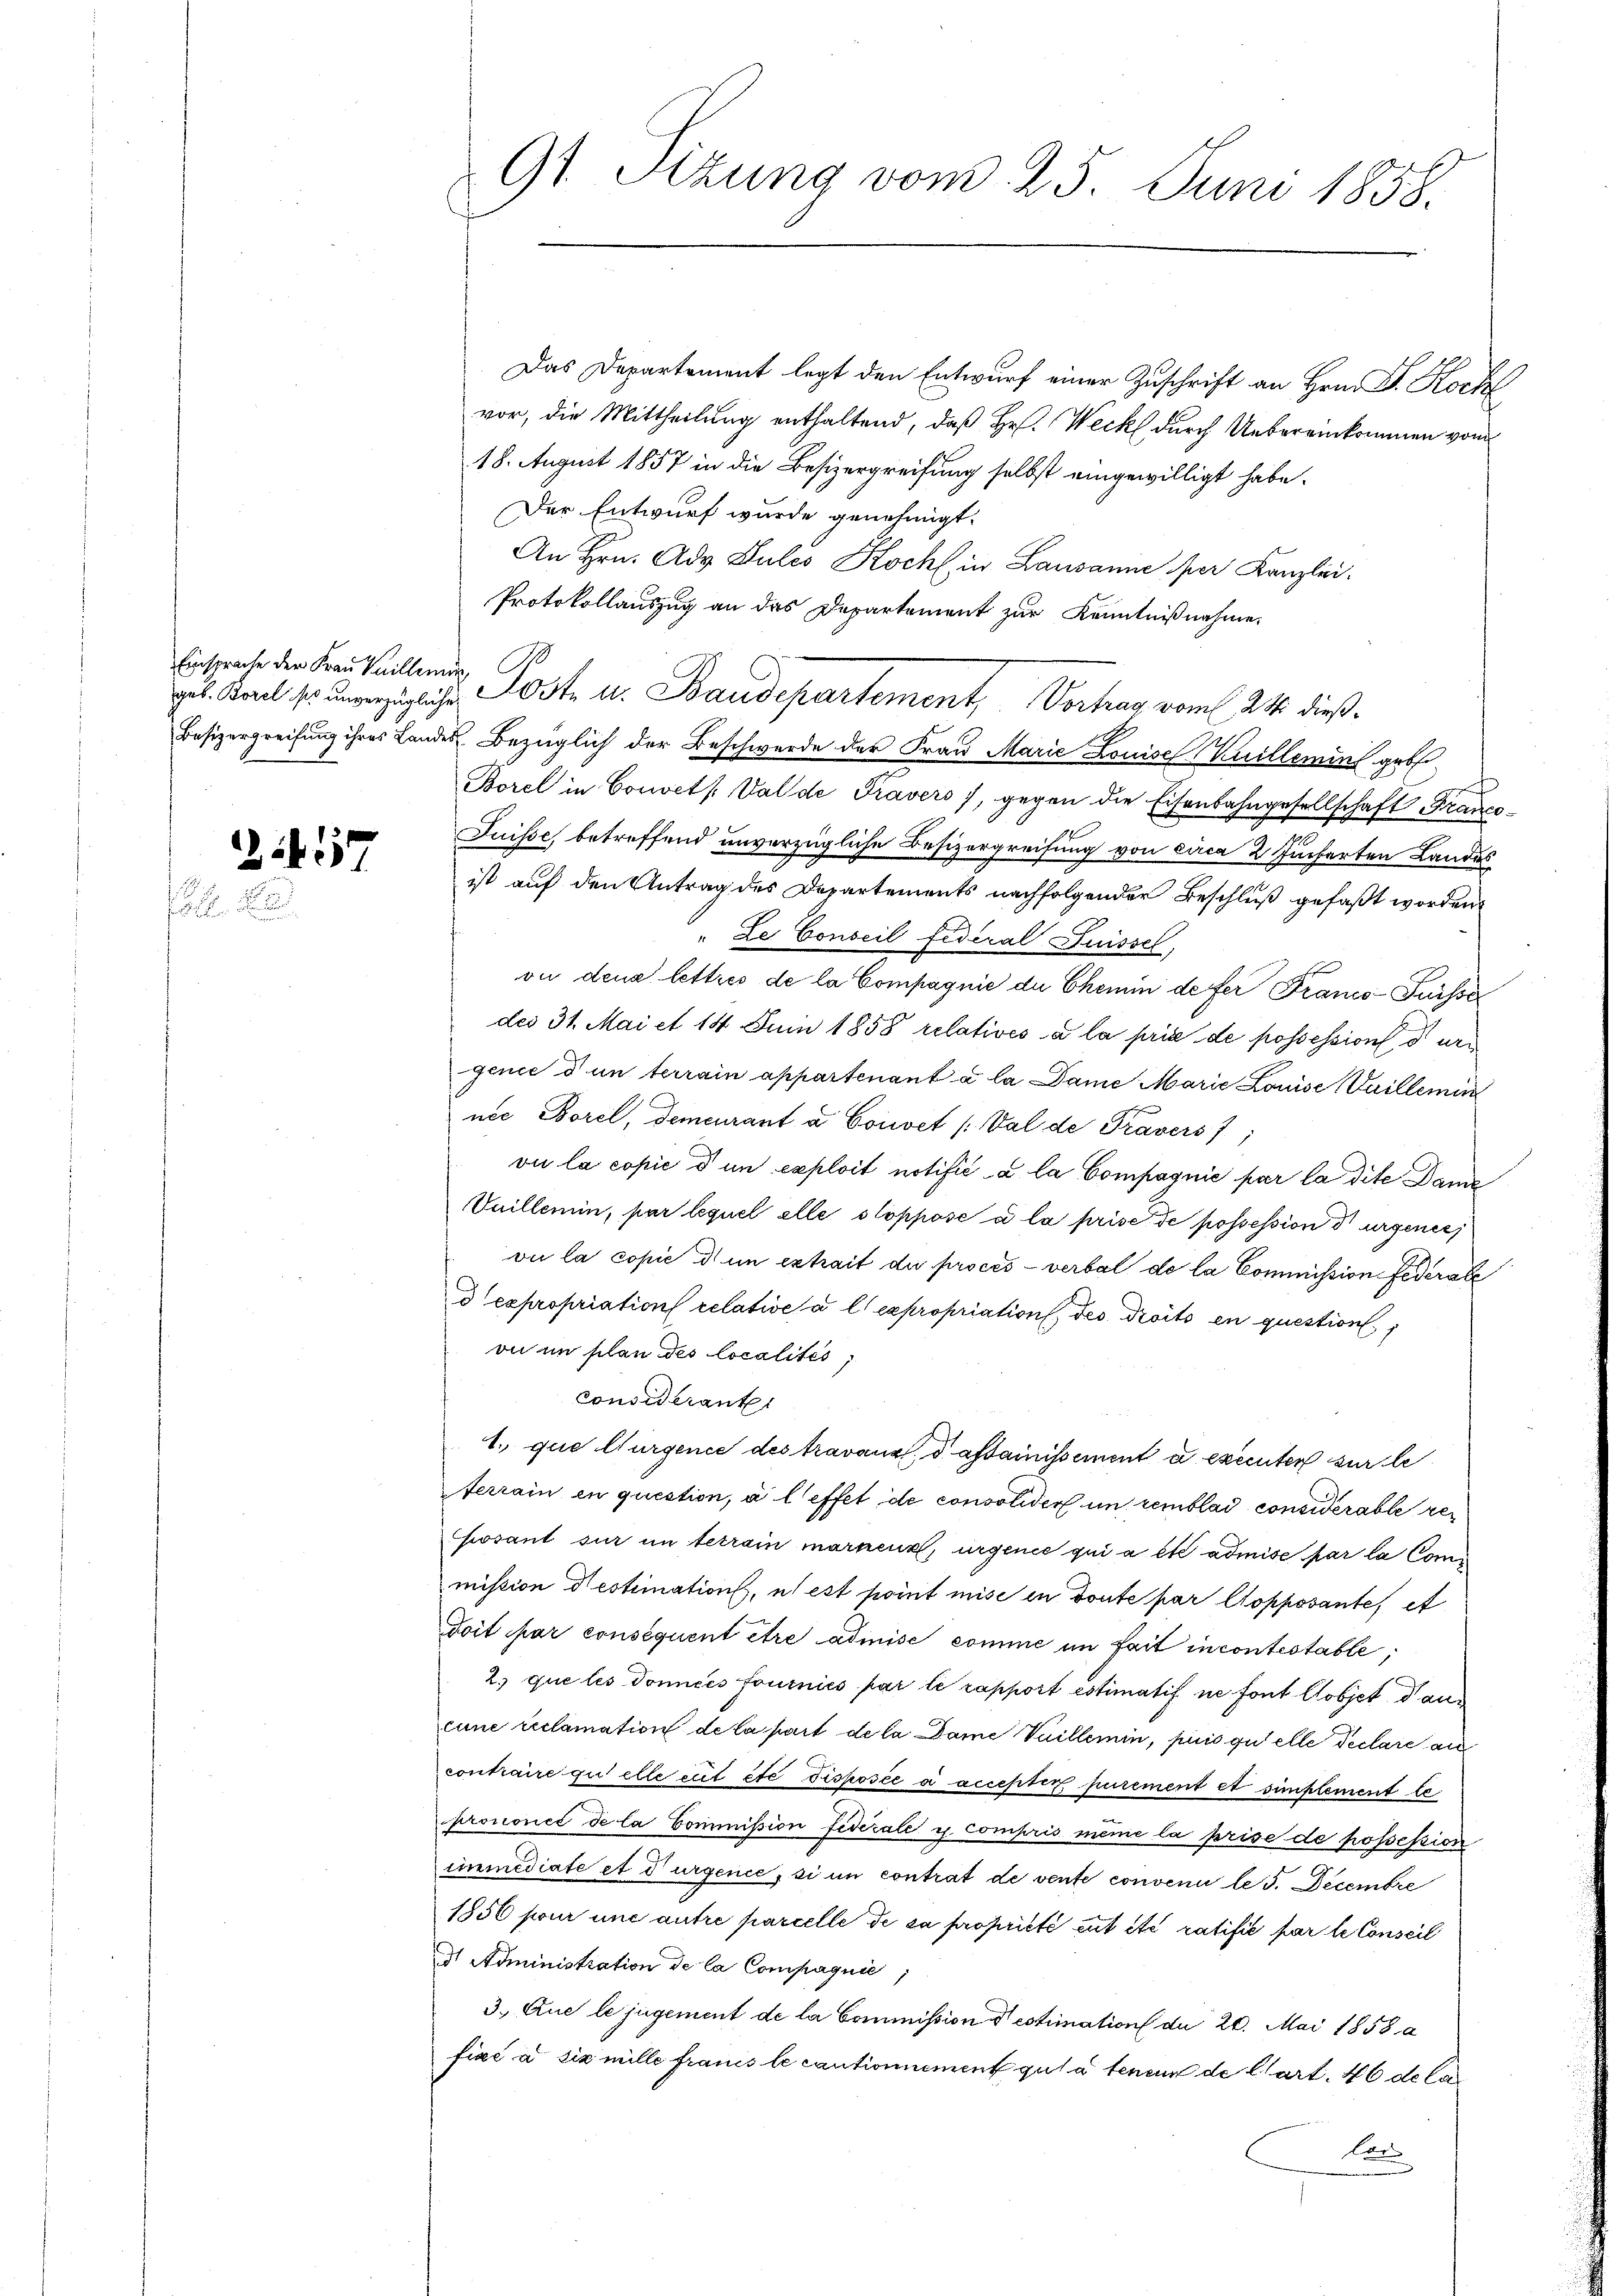
Einsprache der Frau Kailleur, B

3

57

Das Departement legt den Entwurf einer Zuschrift an Hrn. F. Koch
vor, die Mittheilung enthaltend, daß Hr. Weck durch Uebereinkommen vom
18. August 1857 in die Besizergreifung selbst eingewilligt habe.
Der Entwurf wurde genehmigt.
An Hrn. Ad Sules Koch in Lausanne per Kanzlei.
Protokollauszug an das Departement zur Kenntnißnahme.
gut. Karl so unerzügliche Koste u. Baudepartement, Vortrag vom 24. dieß¬
Besizergreifung ihres Landes Bezüglich der Beschwerde der Frau Marie Louise (Kuillemin geb
Borel in Convet Val de Travers, gegen die Eisenbahngesellschaft Franco¬
Juisse, betreffend unverzügliche Besizergreifung von circa 2 Jucharten Landes
ist auf den Antrag des Departements nachfolgender Beschluß gefaßt worden
" Les Conseil Federal Suissel,
ou dena lettres de la Compagnie de Chemin defer Franco- Puisse
des 31. Mai et 14 Juni 1858 relatives à la prise de possession durc
gence d un terrain appartenant à la Dame Marie Louise (Vaillemin
ner Borel, demeurant a Convet (Val de Travers
vi la copie d in exploit notifié a la Compagnie par la dite Dami
Vuillemin, par lequel elle stopposé à la prise de possession durgener
vi la copie di un extrait du procès-verbal de la Commission Federate
d expropriation relative u l. expropriations, des droits en question
on in plan des localités,
Considerant
1. que Gurgence des travaux, d astainissement à exécuter sur le
ferrain en question, à l’effet de consolider in remblad considérable reposant sur in terrain marnenz, urgence qui a été admise par la Commission destimations, us est point mise in doute par Copposante, et
doit par consequent être admise comme in fait incontestable,
2. que les donces fourniés par le rapport estimatif ne font objet daucune reclamation de la part de la Dame Vuillemin, puis qu’elle Declare au
contraire gut elle et etc disposée a accepter purement et simplement te
prononcé de la Commission Federale u. compris meine la prise de possession
immediate et d’urgenie, si im contrat de vente convenir le J. Decembre
1856 pour une autre parcelle de sa propriété tut etc ratifié par le Conseil
d Administration de la Compagnie,
3. Que le jugement de la Commission destimation du 20. Mai 1858 a
fixe à six mille Fraues le cautionnement gut à teneur de l’art. 46 de la
Lo
"

9t. Sitzung vom 25. Juni 1858.